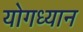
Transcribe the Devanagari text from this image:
योगध्‍यान